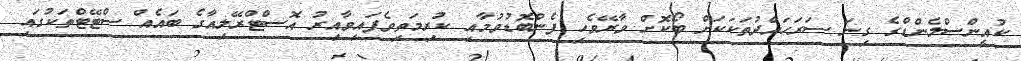
ކުއީންސްލެންޑްގެ ގިނަ ސަރަހައްދުތަކަކަށް ބޯކޮށް ވާރޭވެހި ފެންބޮޑުވުމާއި ކުރިމަތިވެފައިވާއިރު އޮސްޓްރޭލިއާގެ ބައެއް ސްޓޭޓްތަކުގައި